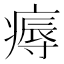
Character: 𤹘